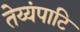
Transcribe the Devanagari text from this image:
तेय्यंपाटि